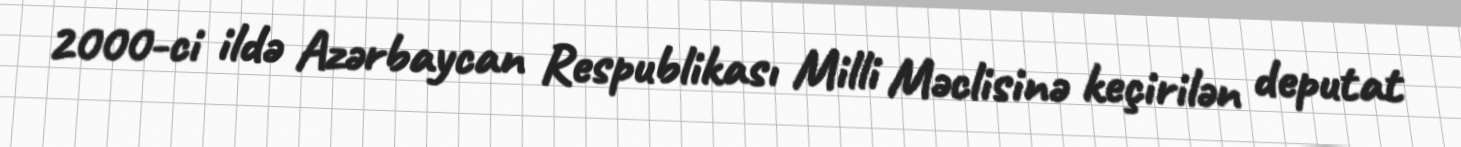
2000-ci ildə Azərbaycan Respublikası Milli Məclisinə keçirilən deputat